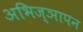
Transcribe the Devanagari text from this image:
अभिज्ञापन